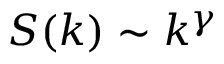
S ( k ) \sim k ^ { \gamma }